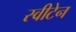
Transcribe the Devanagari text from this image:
स्वीटेन